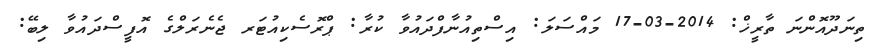
ތިނަދޫއޮންނަ ތާރީޚް: 2014-03-17 މައްސަލަ: އިސްތިއުނާފްދައުވާ ކުރާ: ޕްރޮސެކިއުޓަރ ޖެނެރަލްގެ އޮފީސްދައުވާ ލިބޭ: